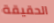
الحقيقة